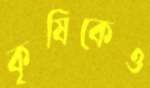
কৃষিকেও